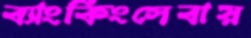
ব্যাংকিংসেবায়